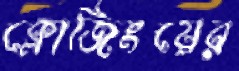
ক্লোজিংয়ের